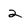
Character: 2